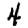
Digit: 4